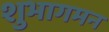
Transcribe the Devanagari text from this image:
शुभागमन